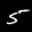
Label: 5